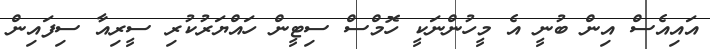
އައިއެސް އިން ބުނީ އެ މީހުންނަކީ ހޮމްސް ސިޓީން ހައްޔަރުކުރި ސީރިއާ ސިފައިން